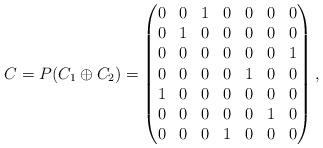
LaTeX: \begin{align*}C = P (C_1 \oplus C_2) =\begin{pmatrix}0&0&1&0&0&0&0\\0&1&0&0&0&0&0\\0&0&0&0&0&0&1\\0&0&0&0&1&0&0\\1&0&0&0&0&0&0\\0&0&0&0&0&1&0\\0&0&0&1&0&0&0\\\end{pmatrix},\end{align*}